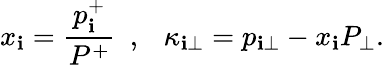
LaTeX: x_{\mathbf{i}}={\frac{{p_{\mathbf{i}}^{+}}}{{P^{+}}}}~~,~~~\kappa_{\mathbf{i}\bot}=p_{\mathbf{i}\bot}-x_{\mathbf{i}}P_{\bot}.